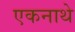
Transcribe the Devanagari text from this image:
एकनाथे